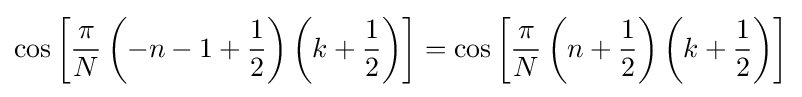
\cos \left[{\frac {\pi }{N}}\left(-n-1+{\frac {1}{2}}\right)\left(k+{\frac {1}{2}}\right)\right]=\cos \left[{\frac {\pi }{N}}\left(n+{\frac {1}{2}}\right)\left(k+{\frac {1}{2}}\right)\right]